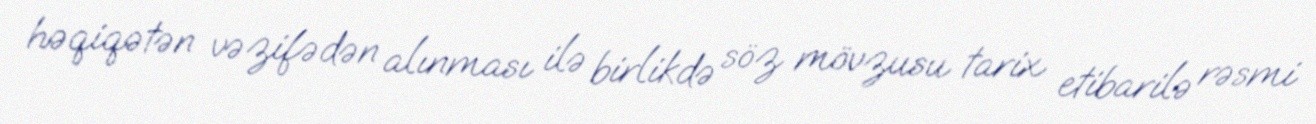
həqiqətən vəzifədən alınması ilə birlikdə söz mövzusu tarix etibarilə rəsmi